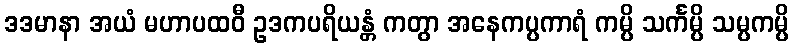
ဒဒမာနာ အယံ မဟာပထဝီ ဥဒကပရိယန္တံ ကတွာ အနေကပ္ပကာရံ ကမ္ပိ သင်္ကမ္ပိ သမ္ပကမ္ပိ